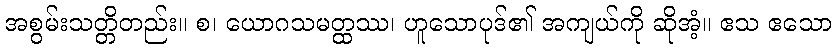
အစွမ်းသတ္တိတည်း။ စ၊ ယောဂသမတ္ထဿ၊ ဟူသောပုဒ်၏ အကျယ်ကို ဆိုအံ့။ ဧသ ဧသော